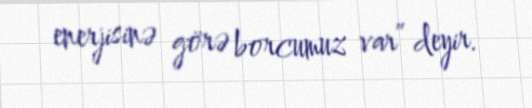
enerjisinə görə borcumuz var” deyir.